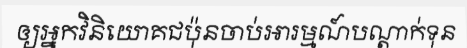
ឲ្យអ្នកវិនិយោគជប៉ុនចាប់អារម្មណ៍បណ្តាក់ទុន